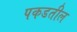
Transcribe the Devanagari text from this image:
पकडतील